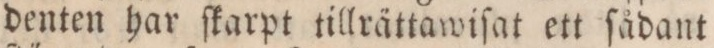
denten har ſkarpt tillrättawiſat ett ſådant